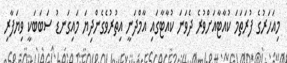
މިއަހަރުގެ ފުރަތަމަ ކުއާޓާއަށްވުރެ ދެވަނަ ކުއާޓާގައި އާމްދަނީ އިތުރުވެގެންދިޔަ މައިގަނޑު ސަބަބަކީ ވިޔަފާރި